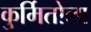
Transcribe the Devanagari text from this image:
कुर्मितोला